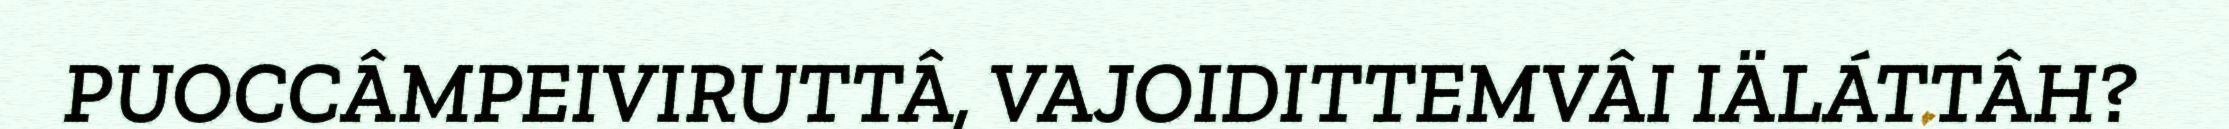
PUOCCÂMPEIVIRUTTÂ, VAJOIDITTEMVÂI IÄLÁTTÂH?